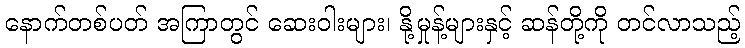
နောက်တစ်ပတ် အကြာတွင် ဆေးဝါးများ၊ နို့မှုန့်များနှင့် ဆန်တို့ကို တင်လာသည့်